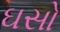
ઘસો